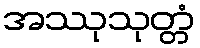
အဿုသုတ္တံ